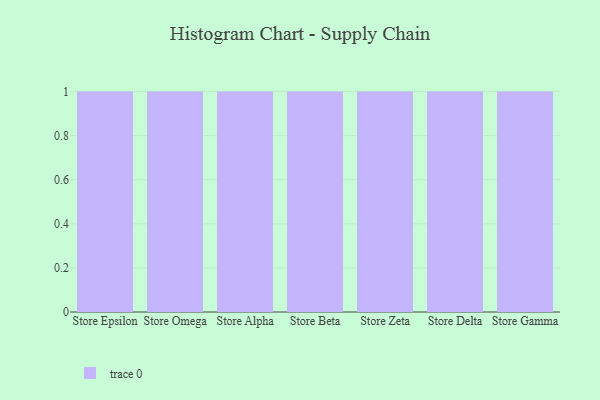
{"axis": {"x": "Store", "y": "Active Users"}, "legend": [""], "data": [{"x": "Store Epsilon", "y": 28, "type": ""}, {"x": "Store Omega", "y": 62, "type": ""}, {"x": "Store Alpha", "y": 39, "type": ""}, {"x": "Store Beta", "y": 19, "type": ""}, {"x": "Store Zeta", "y": 66, "type": ""}, {"x": "Store Delta", "y": 50, "type": ""}, {"x": "Store Gamma", "y": 23, "type": ""}]}